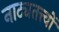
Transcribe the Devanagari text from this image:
नाट्यतत्त्वों